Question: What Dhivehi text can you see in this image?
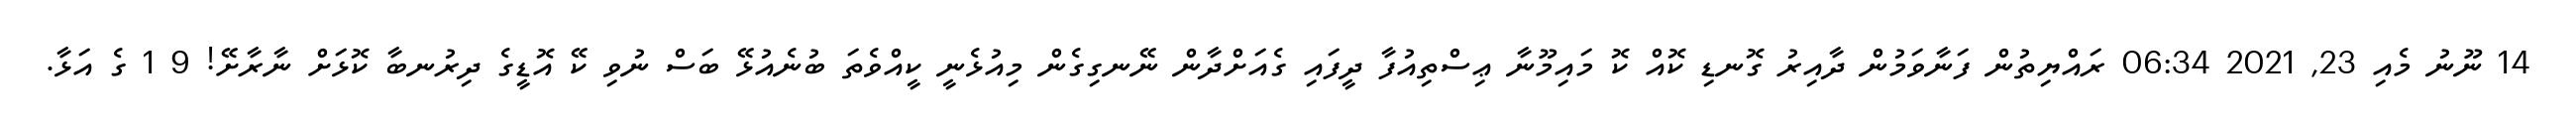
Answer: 14 ނޫނު މެއި 23, 2021 06:34 ރައްޔިތުން ފަނާވަމުން ދާއިރު ގޮނޑި ކޮއް ކޮ މައިމޫނާ ޢިސްތިއުފާ ދީފައި ގެއަށްދާން ނޭނގިގެން މިއުޅެނީ ކީއްވެތަ ބުނެއުޅޭ ބަސް ނުވި ކޭ އޮޑީގެ ދިރުނބާ ކޮޅަށް ނާރާށޭ! 9 1 ގެ އަޅާ.